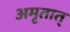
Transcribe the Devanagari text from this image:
अमृतात्‌